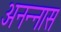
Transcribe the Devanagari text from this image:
अनन्‍नास